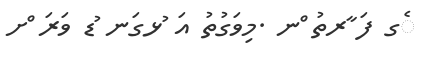
ެގ ފަ ާރތު ްނ .މިވަގުތު އަ ުޅގަނ ުޑ ވަރަ ްށ